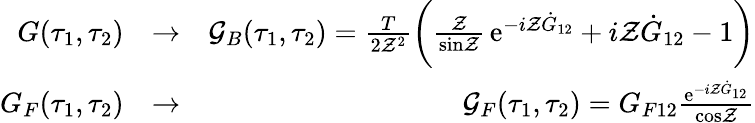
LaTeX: \begin{array}{rlr}{G(\tau_{1},\tau_{2})}&{\to}&{{\cal G}_{B}(\tau_{1},\tau_{2})=\frac{T}{2{\cal Z}^{2}}\biggl({\frac{\cal Z}{\mathrm{sin}{\cal Z}}}\, \mathrm{e}^{-i{\cal Z}\dot{G}_{12}}+i{\cal Z}\dot{G}_{12}-1\biggr)}\\ {G_{F}(\tau_{1},\tau_{2})}&{\to}&{{\cal G}_{F}(\tau_{1},\tau_{2})=G_{F12}{\frac{\mathrm{e}^{-i{\cal Z}\dot{G}_{12}}}{\mathrm{cos}{\cal Z}}}}\end{array}